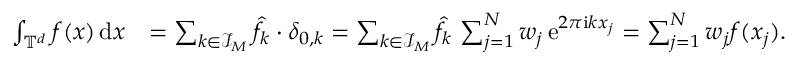
\begin{array} { r l } { \int _ { \mathbb T ^ { d } } f ( \boldsymbol x ) \, \mathrm d \boldsymbol x } & { = \sum _ { \boldsymbol k \in { \mathcal I _ { \boldsymbol M } } } \hat { f } _ { \boldsymbol k } \cdot \delta _ { \boldsymbol 0 , \boldsymbol k } = \sum _ { \boldsymbol k \in \mathcal I _ { \boldsymbol M } } \hat { f } _ { \boldsymbol k } \, \sum _ { j = 1 } ^ { N } w _ { j } \, \mathrm e ^ { 2 \pi \mathrm i \boldsymbol k \boldsymbol x _ { j } } = \sum _ { j = 1 } ^ { N } w _ { j } f ( \boldsymbol x _ { j } ) . } \end{array}